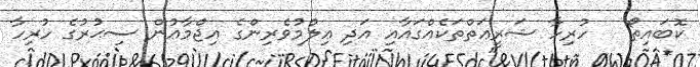
ކޮބައިތޯ   ހުރިހާ ޝަރީޢަތްތަކެއްގައާއި އަދި ޢިލްމުވެރިންގެ އިޖްމާޢުން ސިޙުރުގެ ހުރިހާ